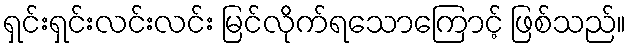
ရှင်းရှင်းလင်းလင်း မြင်လိုက်ရသောကြောင့် ဖြစ်သည်။